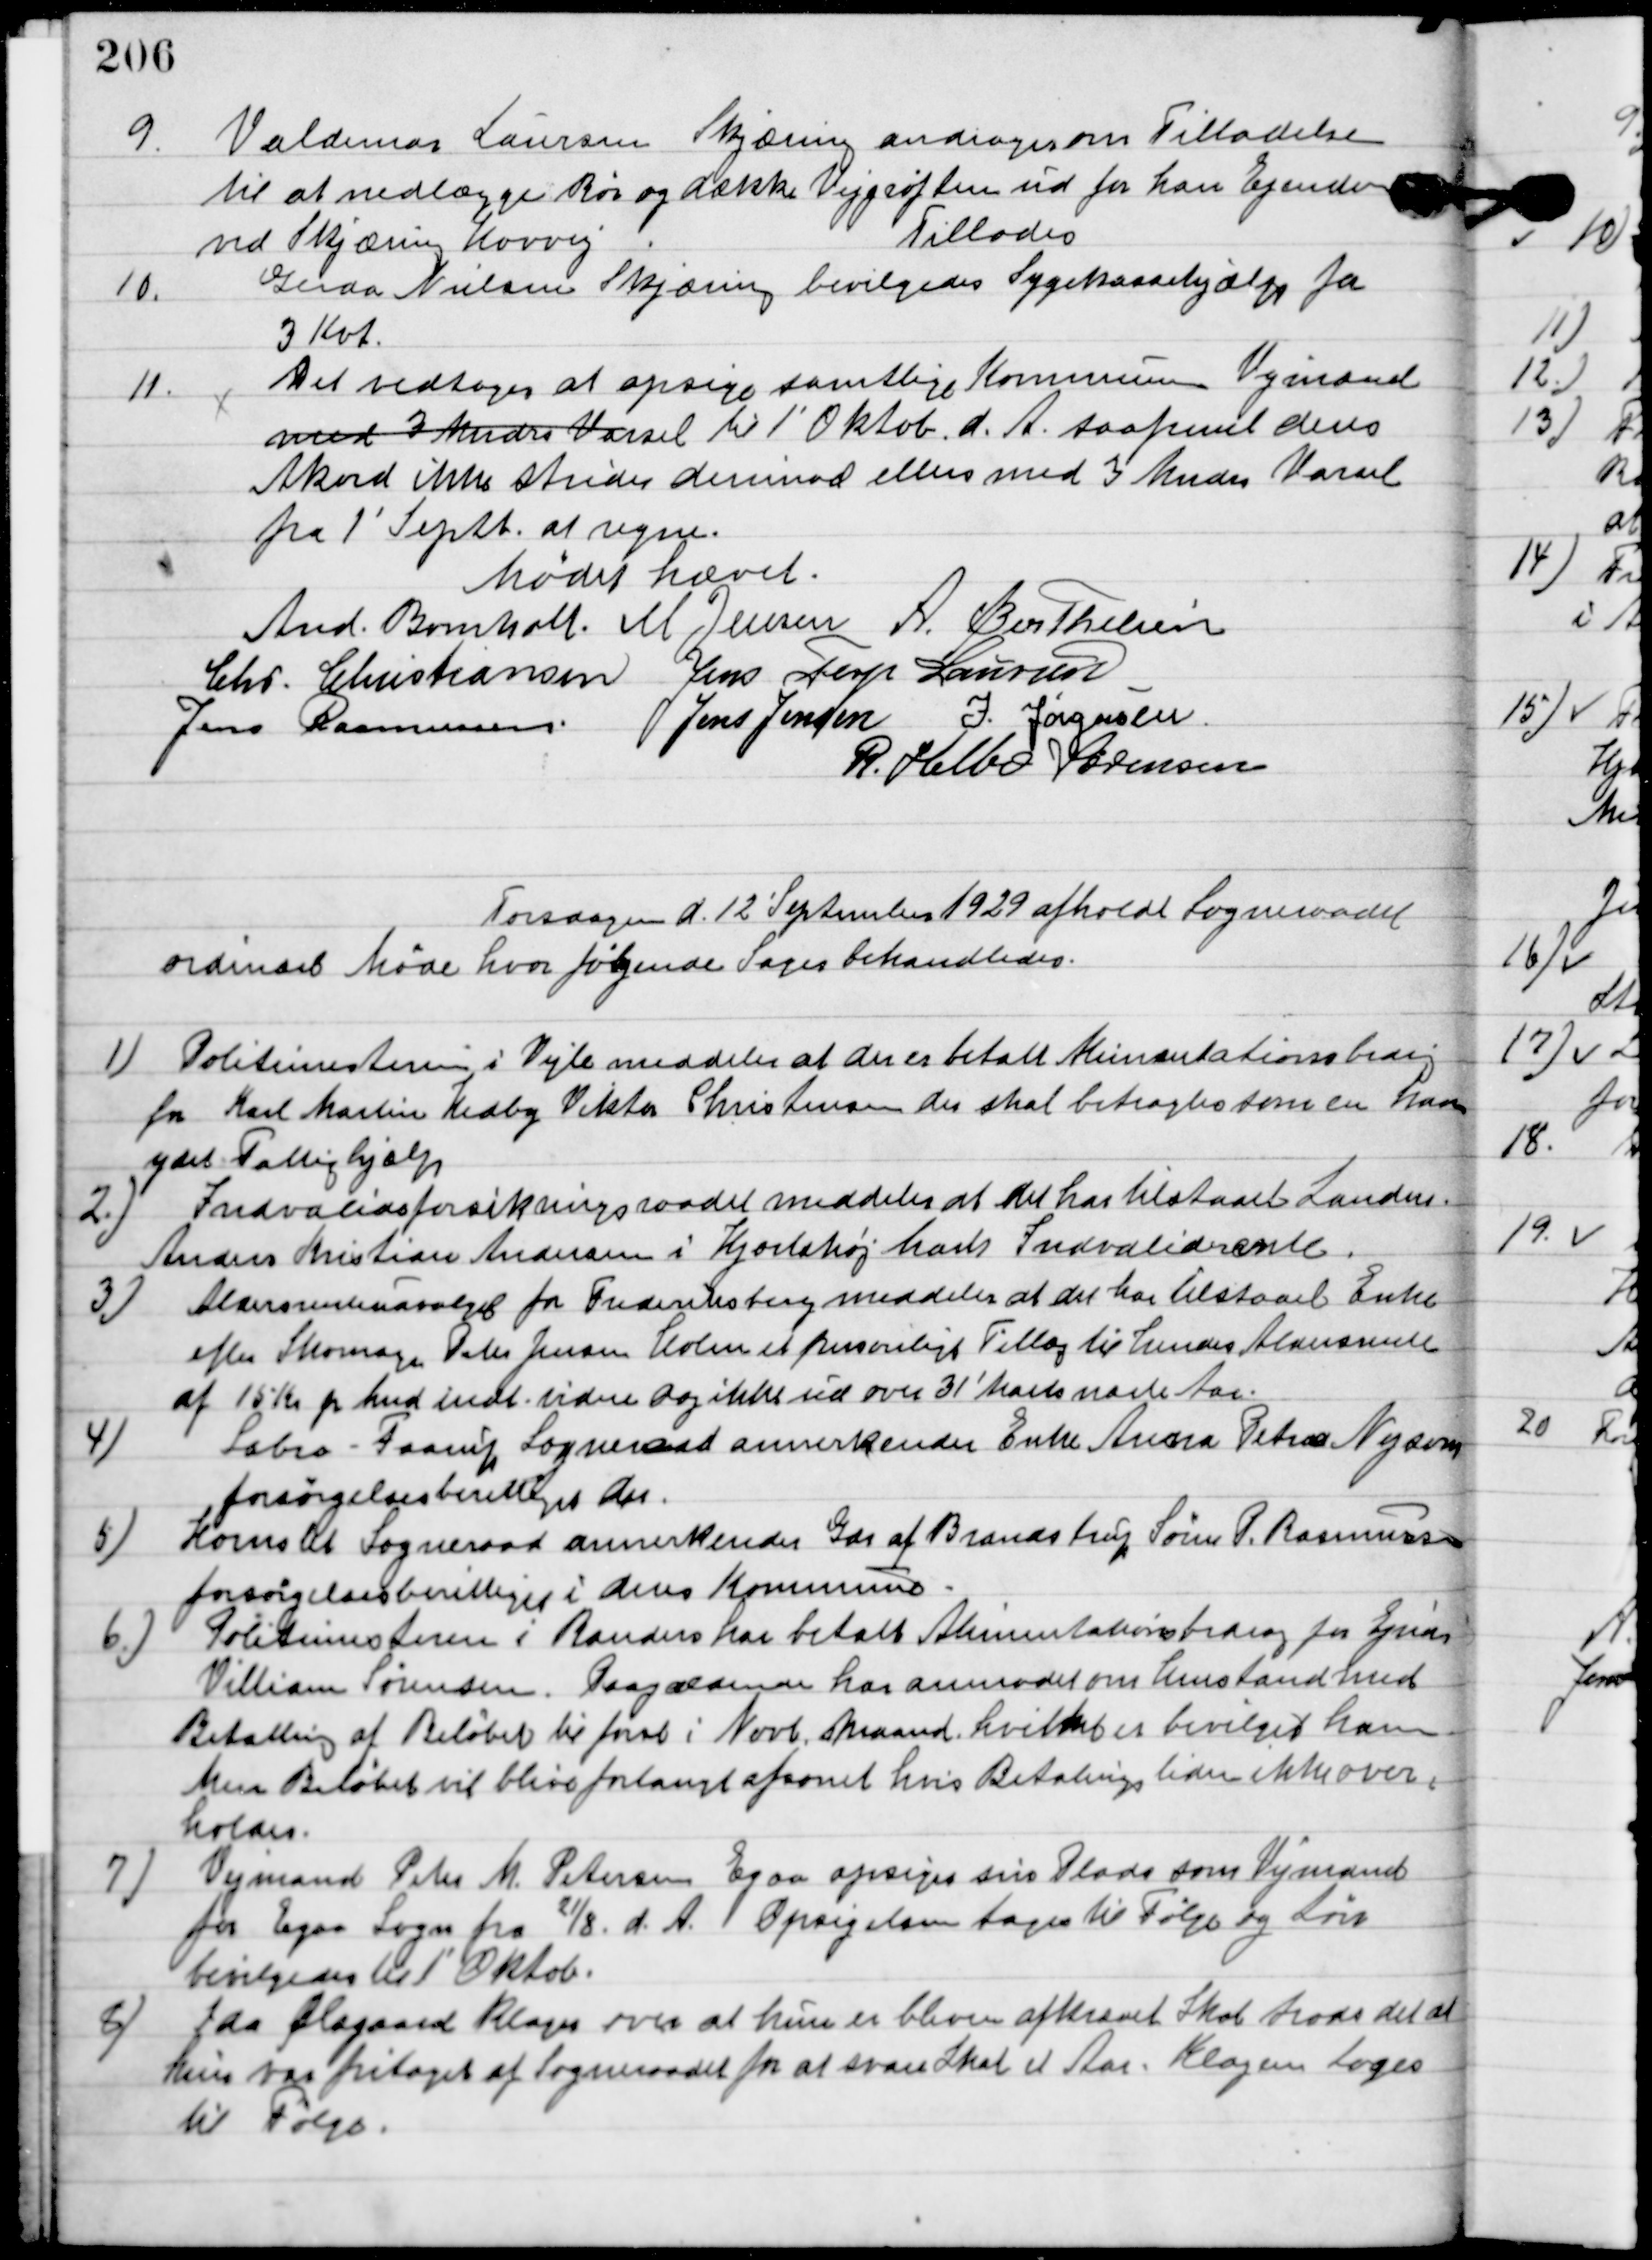
Transskription:
9

Valdemar Laursen Skjæring andrager om Tilladelse
til at nedlægge rør og dække Vejgrøften ud for hans Ejendom
ved Skjæring Korsvej
Tillodes

10

Gerda Nielsen Skjæring bevilgedes Sygekassehjælp fra
3 Kvt.

11

Det vedtoges at opsige samtlige Kommunen Vejmænd
med 3 mndes til Varsel 1´Oktob. D. A. saafremt deres
Akord ikke strider derimod eller med 3 Mndes Varsel
 fra 1´Sept. at regne.

Mødet hævet.

Anders Bomholt
M. Jensen
A. Berthelsen
Chr. Christiansen
Jens Terp Laursen
Jens Rasmussen
Jens Jensen
J. Jørgensen
R. Helbo Sørensen

Torsdag d. 12. September 1929 afholdt sognerådet
ordinært møde hvor følgende sager behandledes.

1

Politimesteren i Vejle meddelere at der er betalt Alimentationsbidrag
for Karl Martin Udby Viktor Christensen der skal betragtes som en ham
ydet Fattighjælp.

2

Invalideforsikringsraadet meddeler at det har tilstaaet Laudm.
Anders Kristian Andersen i Hjortshøj Mark Invaliderente.

3

Aldersrenteudvalget for Frederiksberg meddeler at der har tilstaaet Enke
efter Skomager Peter Jensen Holm et personligt Tillæg til hendes Aldersrente
af 15 kr. pr. Mdr. Indtil videre for ikke ud over 31´Marts mdr. Aar.

4

Sabro-Faarup Sogneraad anerkender Enke Anna Petra Nysum 
forsørgelsesberettiget der.

5

Hornslet Sogneraad anerkender Gdr. af Brandstrup Søren P. Rasmussen
forsørgelsesberettiget i deres kommune.

6

Politimesteren i Randers har betalt Alimentationsbidrag for Ejnar
Villiam Sørensen. Paagældende har anmodet om henstand med
Betaling af Beløbet til først i Novb. Maaned. Hvilket bevilgedes ham
men Beløbet vil blive forlangt afsonet hvis betalings tiden ikke over-
holdes.

7

Vejmand Peter M. Petersen Egaa opsiger sin Plads som Vejmand 
for Egaa Sogn fra 21/8. d. A.
Opsigelsen tages til Følge og Løn
bevilgedes til 1´ Oktob.

8

Ida Ølsgaard klager over at hun er bleven afkrævet Skat trods det at
hun var fritaget af Sogneraadet for at svare Skat et Aae.
Klagen toges
til Følge.